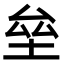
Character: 垒